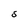
Character: S